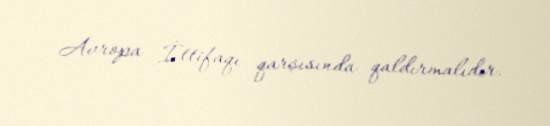
Avropa İttifaqı qarşısında qaldırmalıdır.